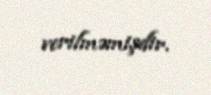
verilməmişdir.